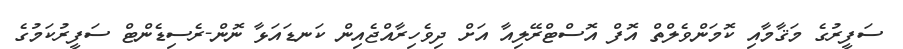
ސަފީރުގެ މަޤާމާއި ކޮމަންވެލްތް އޮފް އޮސްޓްރޭލިއާ އަށް ދިވެހިރާއްޖެއިން ކަނޑައަޅާ ނޮން-ރެސިޑެންޓް ސަފީރުކަމުގެ